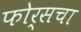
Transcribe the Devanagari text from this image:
फोर्सचा